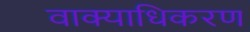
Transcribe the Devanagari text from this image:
वाक्याधिकरण